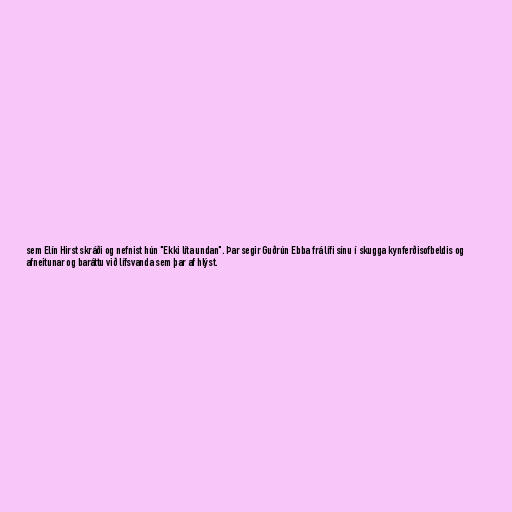
sem Elín Hirst skráði og nefnist hún "Ekki líta undan". Þar segir Guðrún Ebba frá lífi sínu í skugga kynferðisofbeldis og
afneitunar og baráttu við lífsvanda sem þar af hlýst.